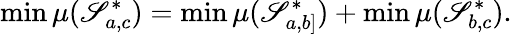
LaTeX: \operatorname*{min}\mu(\mathscr{S}_{a,c}^{*})=\operatorname*{min}\mu(\mathscr{S}_{a,b]}^{*})+\operatorname*{min}\mu(\mathscr{S}_{b,c}^{*}).